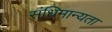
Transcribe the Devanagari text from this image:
संधिमान्यता